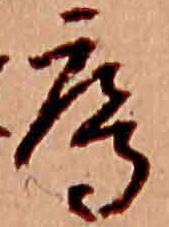
鴈